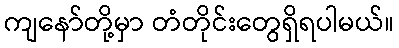
ကျနော်တို့မှာ တံတိုင်းတွေရှိရပါမယ်။